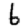
Digit: 6